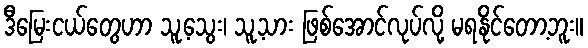
ဒီမြေးငယ်တွေဟာ သူ့သွေး၊ သူ့သား ဖြစ်အောင်လုပ်လို့ မရနိုင်တော့ဘူး။